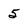
Character: 5